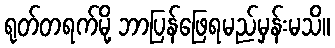
ရုတ်တရက်မို့ ဘာပြန်ဖြေရမည်မှန်းမသိ။